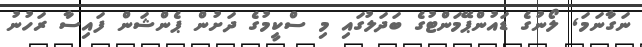
ނަގާނަމަ